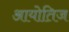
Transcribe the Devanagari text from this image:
आयोतिज